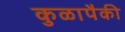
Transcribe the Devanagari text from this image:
कुळापैकी